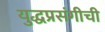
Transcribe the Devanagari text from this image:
युद्धप्रसंगीची